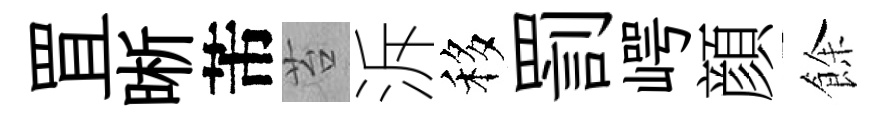
罝晰芾苔泝移罰崿顔餘